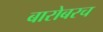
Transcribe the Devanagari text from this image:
बारोबरच